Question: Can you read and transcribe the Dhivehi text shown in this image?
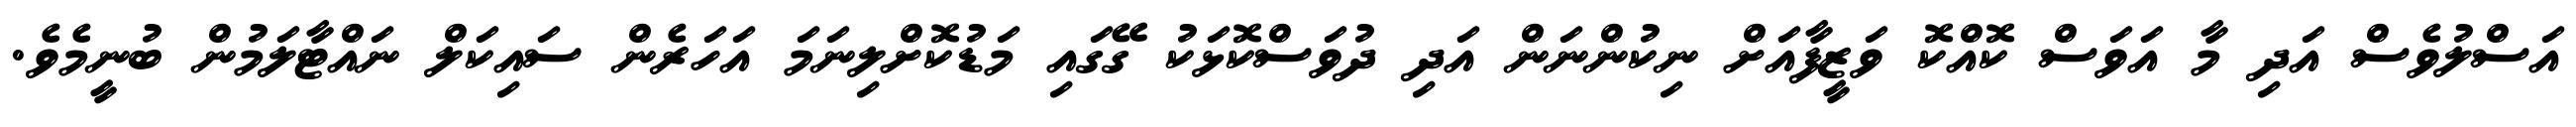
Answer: އަސްލުވެސް އަދި މާ އަވަސް ކޮއްކޮ ވަޒީފާއަށް ނިކުންނަން އަދި ދުވަސްކޮޅަކު ގޭގައި މަޑުކޮށްލިނަމަ އަހަރެން ސައިކަލް ނައްޓާލަމުން ބުނީމެވެ.